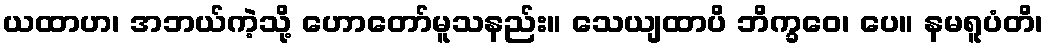
ယထာဟ၊ အဘယ်ကဲ့သို့ ဟောတော်မူသနည်း။ သေယျထာပိ ဘိက္ခဝေ၊ ပေ။ နမရူပံတိ၊